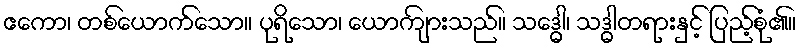
ဧကော၊ တစ်ယောက်သော။ ပုရိသော၊ ယောကျ်ားသည်။ သဒ္ဓေါ၊ သဒ္ဓါတရားနှင့် ပြည့်စုံ၏။